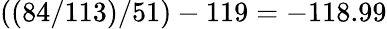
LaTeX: ((84/113)/51)-119=-118.99